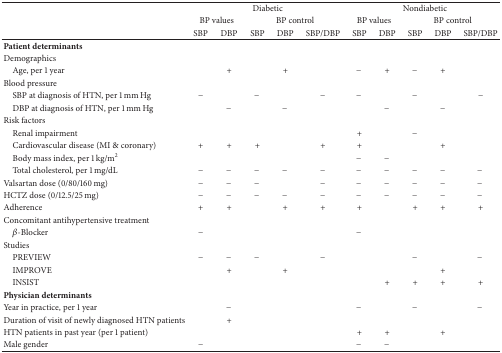
<table><thead><tr><td><b> </b></td><td colspan="5"><b>Diabetic</b></td><td colspan="5"><b>Nondiabetic</b></td></tr><tr><td><b> </b></td><td colspan="2"><b>BP values</b></td><td colspan="3"><b>BP control</b></td><td colspan="2"><b>BP values</b></td><td colspan="3"><b>BP control</b></td></tr><tr><td><b> </b></td><td><b>SBP</b></td><td><b>DBP</b></td><td><b>SBP</b></td><td><b>DBP</b></td><td><b>SBP/DBP</b></td><td><b>SBP</b></td><td><b>DBP</b></td><td><b>SBP</b></td><td><b>DBP</b></td><td><b>SBP/DBP</b></td></tr></thead><tbody><tr><td><b>Patient determinants</b></td><td> </td><td> </td><td> </td><td> </td><td> </td><td> </td><td> </td><td> </td><td> </td><td> </td></tr><tr><td>Demographics</td><td> </td><td> </td><td> </td><td> </td><td> </td><td> </td><td> </td><td> </td><td> </td><td> </td></tr><tr><td> Age, per 1 year</td><td> </td><td>+</td><td> </td><td>+</td><td> </td><td>−</td><td>+</td><td>−</td><td>+</td><td> </td></tr><tr><td>Blood pressure</td><td> </td><td> </td><td> </td><td> </td><td> </td><td> </td><td> </td><td> </td><td> </td><td> </td></tr><tr><td> SBP at diagnosis of HTN, per 1 mm Hg</td><td>−</td><td> </td><td>−</td><td> </td><td>−</td><td>−</td><td> </td><td>−</td><td> </td><td>−</td></tr><tr><td> DBP at diagnosis of HTN, per 1 mm Hg</td><td> </td><td>−</td><td> </td><td>−</td><td> </td><td> </td><td>−</td><td> </td><td>−</td><td> </td></tr><tr><td>Risk factors</td><td> </td><td> </td><td> </td><td> </td><td> </td><td> </td><td> </td><td> </td><td> </td><td> </td></tr><tr><td> Renal impairment</td><td> </td><td> </td><td> </td><td> </td><td> </td><td>+</td><td> </td><td>−</td><td> </td><td> </td></tr><tr><td> Cardiovascular disease (MI &amp; coronary)</td><td>+</td><td>+</td><td>+</td><td> </td><td>+</td><td>+</td><td> </td><td> </td><td>+</td><td> </td></tr><tr><td> Body mass index, per 1 kg/m<sup>2</sup></td><td> </td><td> </td><td> </td><td> </td><td> </td><td>−</td><td>−</td><td> </td><td> </td><td> </td></tr><tr><td> Total cholesterol, per 1 mg/dL</td><td>−</td><td>−</td><td>−</td><td>−</td><td>−</td><td>−</td><td>−</td><td>−</td><td>−</td><td>−</td></tr><tr><td>Valsartan dose (0/80/160 mg)</td><td>−</td><td>−</td><td>−</td><td> </td><td>−</td><td>−</td><td>−</td><td>−</td><td>−</td><td>−</td></tr><tr><td>HCTZ dose (0/12.5/25 mg)</td><td>−</td><td>−</td><td>−</td><td>−</td><td>−</td><td>−</td><td>−</td><td>−</td><td>−</td><td>−</td></tr><tr><td>Adherence</td><td>+</td><td>+</td><td> </td><td>+</td><td>+</td><td>+</td><td> </td><td>+</td><td>+</td><td>+</td></tr><tr><td>Concomitant antihypertensive treatment</td><td> </td><td> </td><td> </td><td> </td><td> </td><td> </td><td> </td><td> </td><td> </td><td> </td></tr><tr><td> <i>β</i>-Blocker</td><td>−</td><td> </td><td> </td><td> </td><td> </td><td>−</td><td> </td><td> </td><td> </td><td> </td></tr><tr><td>Studies</td><td> </td><td> </td><td> </td><td> </td><td> </td><td> </td><td> </td><td> </td><td> </td><td> </td></tr><tr><td> PREVIEW</td><td>−</td><td>−</td><td>−</td><td> </td><td>−</td><td> </td><td> </td><td>−</td><td> </td><td>−</td></tr><tr><td> IMPROVE</td><td> </td><td>+</td><td> </td><td>+</td><td> </td><td> </td><td> </td><td> </td><td>+</td><td> </td></tr><tr><td> INSIST</td><td> </td><td> </td><td> </td><td> </td><td> </td><td> </td><td>+</td><td>+</td><td>+</td><td>+</td></tr><tr><td><b>Physician determinants</b></td><td> </td><td> </td><td> </td><td> </td><td> </td><td> </td><td> </td><td> </td><td> </td><td> </td></tr><tr><td>Year in practice, per 1 year</td><td> </td><td>−</td><td> </td><td> </td><td> </td><td>−</td><td> </td><td>−</td><td> </td><td>−</td></tr><tr><td>Duration of visit of newly diagnosed HTN patients</td><td> </td><td>+</td><td> </td><td> </td><td> </td><td> </td><td> </td><td> </td><td> </td><td> </td></tr><tr><td>HTN patients in past year (per 1 patient)</td><td> </td><td> </td><td> </td><td> </td><td> </td><td>+</td><td>+</td><td> </td><td>+</td><td> </td></tr><tr><td>Male gender</td><td>−</td><td> </td><td> </td><td> </td><td> </td><td>−</td><td>−</td><td> </td><td> </td><td> </td></tr></tbody></table>